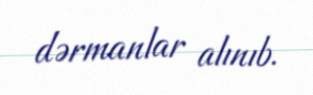
dərmanlar alınıb.